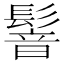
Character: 𩮋